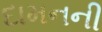
દામનની